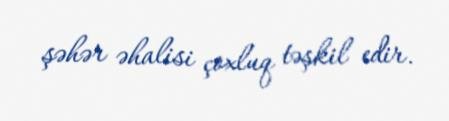
şəhər əhalisi çoxluq təşkil edir.